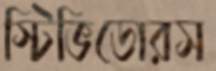
স্টিভিডোরস